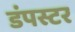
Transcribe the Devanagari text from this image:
डंपस्टर